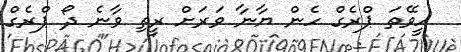
ހީވޭތަ ޕްރެގް ހެން ޔާނާ ވަރަށް ރީތި ވާނެ ދޯ ޕްރެގް